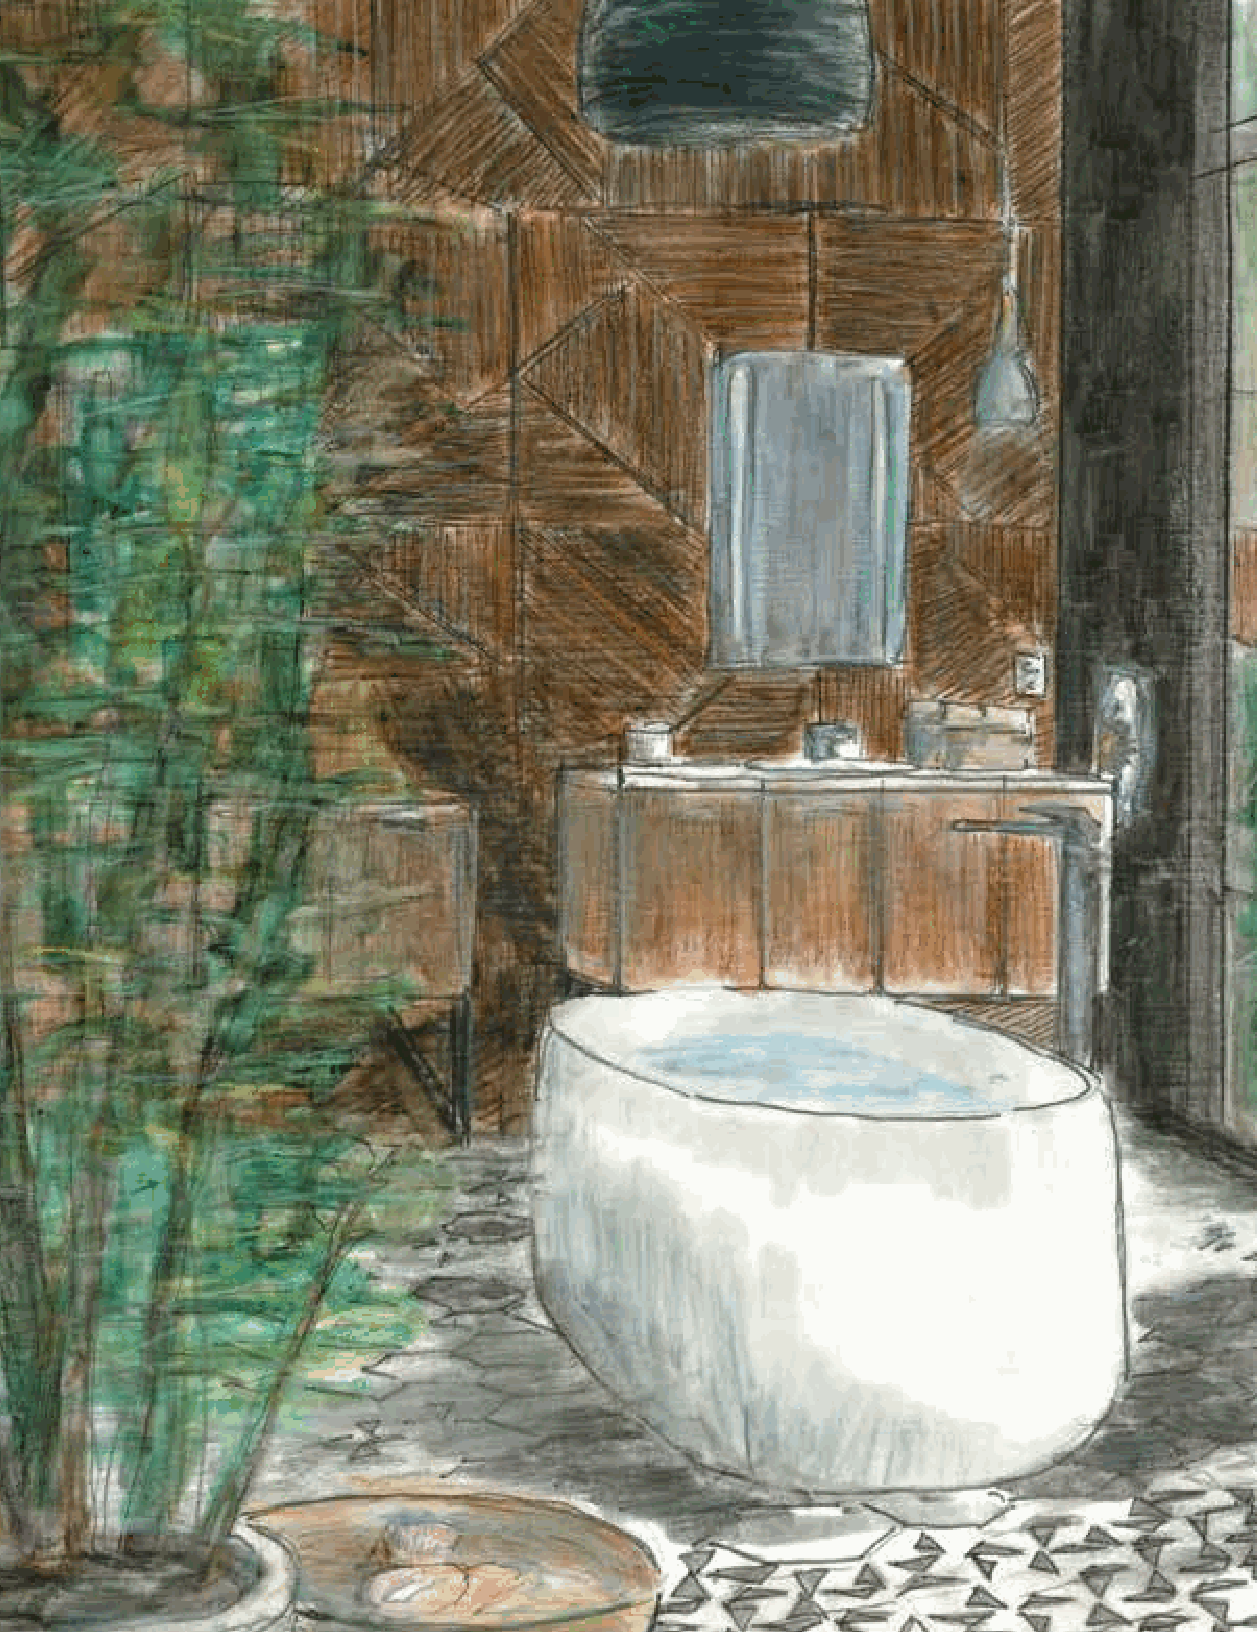
KOHLER | 386
 014335-01_ECOBathCatBRIDGEpg138-153_r1_149938.indd 140                          6/28/17 12:04 AM
 Color(s) used in this file include Cyan, Magenta, Yellow, Black
 Note: Due to the procedure to make high res PDF files, some unused process colors may appear in this list.
 Non-Trapped HR PDF
 *Please check file carefully. PDF Name: 014335-01_EcoBathroom_140_149938.p1.pdf Dec-21-2017 13:51 kindak